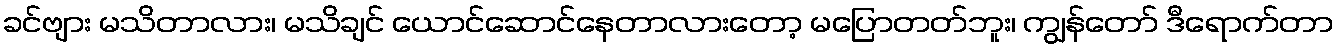
ခင်ဗျား မသိတာလား၊ မသိချင် ယောင်ဆောင်နေတာလားတော့ မပြောတတ်ဘူး၊ ကျွန်တော် ဒီရောက်တာ